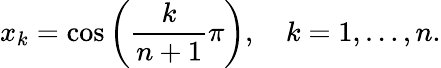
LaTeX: x_{k}=\cos\left({\frac{k}{n+1}}\pi\right),\quad k=1,\ldots,n.